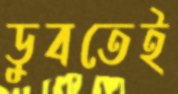
ডুবতেই